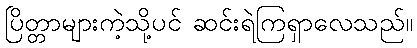
ပြိတ္တာများကဲ့သို့ပင် ဆင်းရဲကြရှာလေသည်။